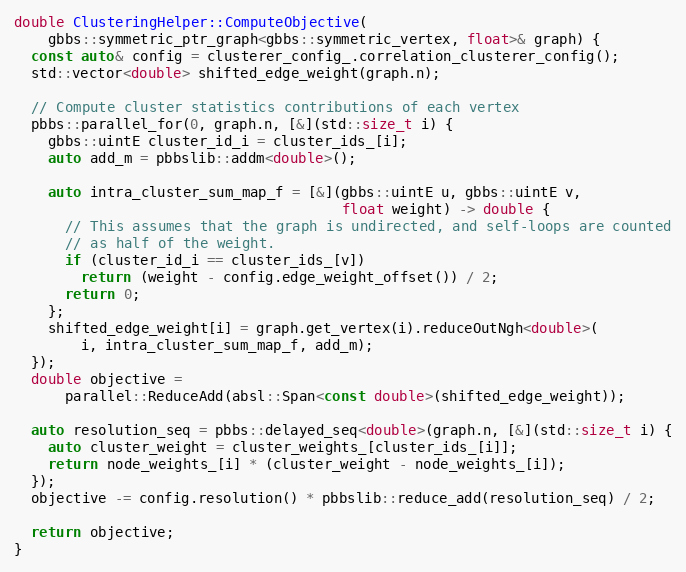
Language: C++
double ClusteringHelper::ComputeObjective(
    gbbs::symmetric_ptr_graph<gbbs::symmetric_vertex, float>& graph) {
  const auto& config = clusterer_config_.correlation_clusterer_config();
  std::vector<double> shifted_edge_weight(graph.n);

  // Compute cluster statistics contributions of each vertex
  pbbs::parallel_for(0, graph.n, [&](std::size_t i) {
    gbbs::uintE cluster_id_i = cluster_ids_[i];
    auto add_m = pbbslib::addm<double>();

    auto intra_cluster_sum_map_f = [&](gbbs::uintE u, gbbs::uintE v,
                                       float weight) -> double {
      // This assumes that the graph is undirected, and self-loops are counted
      // as half of the weight.
      if (cluster_id_i == cluster_ids_[v])
        return (weight - config.edge_weight_offset()) / 2;
      return 0;
    };
    shifted_edge_weight[i] = graph.get_vertex(i).reduceOutNgh<double>(
        i, intra_cluster_sum_map_f, add_m);
  });
  double objective =
      parallel::ReduceAdd(absl::Span<const double>(shifted_edge_weight));

  auto resolution_seq = pbbs::delayed_seq<double>(graph.n, [&](std::size_t i) {
    auto cluster_weight = cluster_weights_[cluster_ids_[i]];
    return node_weights_[i] * (cluster_weight - node_weights_[i]);
  });
  objective -= config.resolution() * pbbslib::reduce_add(resolution_seq) / 2;

  return objective;
}